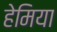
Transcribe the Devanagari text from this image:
हेमिया